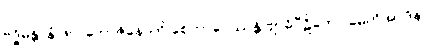
ဗုဒ္ဓိမန္တာနံ ဖလဘောဇိနောတိ စေတာပေဿန္တိ ဗျာဓိပီဠိတော မေတိအာဒိနာ